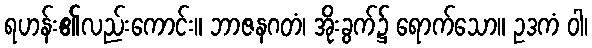
ရဟန်း၏လည်းကောင်း။ ဘာဇနဂတံ၊ အိုးခွက်၌ ရောက်သော။ ဥဒကံ ဝါ၊